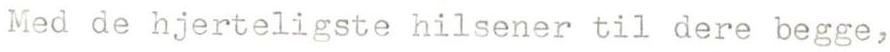
Med de hjerteligste hilsener til dere begge,